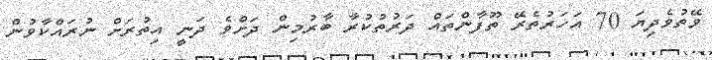
ވޭތުވެދިޔަ 70 އަހަރުތެރޭ ތޫފާންތައް ދަރުތުކުރާ ބާރުމިން ދަށްވެ ދަނީ އިތުރަށް ނުރައްކާވުން